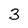
Character: 3